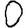
Digit: 0